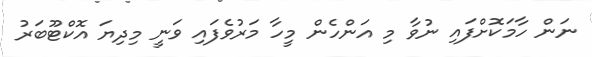
ނަން ހާމަކޮށްފައި ނުވާ މި އަންހެން މީހާ މަރުވެފައި ވަނީ މިދިޔަ އޮކްޓޫބަރު